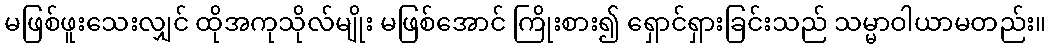
မဖြစ်ဖူးသေးလျှင် ထိုအကုသိုလ်မျိုး မဖြစ်အောင် ကြိုးစား၍ ရှောင်ရှားခြင်းသည် သမ္မာဝါယာမတည်း။